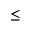
\leq